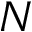
N